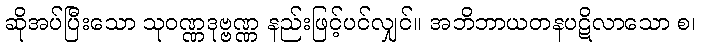
ဆိုအပ်ပြီးသော သုဝဏ္ဏဒုဗ္ဗဏ္ဏ နည်းဖြင့်ပင်လျှင်။ အဘိဘာယတနပဋိလာသော စ၊